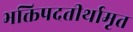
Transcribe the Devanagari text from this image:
भक्तिपदतीर्थामृत